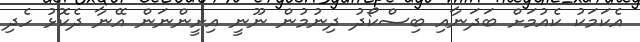
އެކަމަކު ކެއުމަށް ބަދަނާއި ބިސްކޯދު ދިނުމުން ނޫނީ އިށީންނަން އޭނާ ދެކޮޅު ހެދި